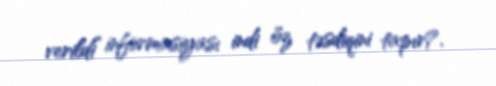
verildi” informasiyası indi öz təsdiqini tapır?.